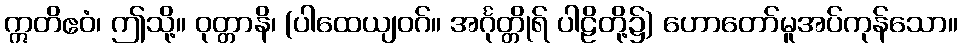
ဣတိဧဝံ၊ ဤသို့။ ဝုတ္တာနိ၊ (ပါထေယျဝဂ်။ အင်္ဂုတ္တိုရ် ပါဠိတို့၌) ဟောတော်မူအပ်ကုန်သော။